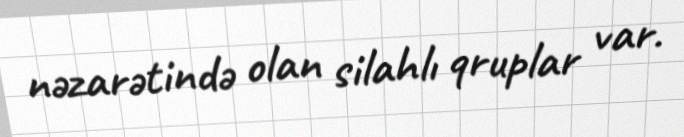
nəzarətində olan silahlı qruplar var.